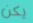
يكن